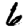
Digit: 6